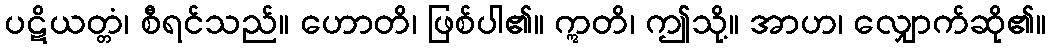
ပဋိယတ္တံ၊ စီရင်သည်။ ဟောတိ၊ ဖြစ်ပါ၏။ ဣတိ၊ ဤသို့။ အာဟ၊ လျှောက်ဆို၏။